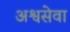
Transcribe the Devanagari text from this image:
अश्वसेवा